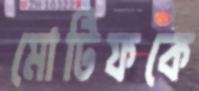
মোটিফকে